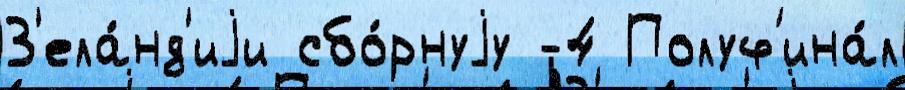
З'ела́нд'иjи сбо́рнуjу -4 Полуф'ина́л